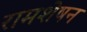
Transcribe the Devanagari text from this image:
रामशेषन